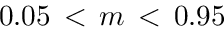
0 . 0 5 \, < \, m \, < \, 0 . 9 5